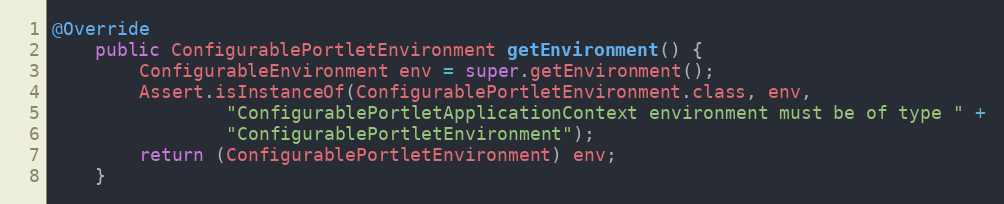
Language: Java
@Override
    public ConfigurablePortletEnvironment getEnvironment() {
        ConfigurableEnvironment env = super.getEnvironment();
        Assert.isInstanceOf(ConfigurablePortletEnvironment.class, env,
                "ConfigurablePortletApplicationContext environment must be of type " +
                "ConfigurablePortletEnvironment");
        return (ConfigurablePortletEnvironment) env;
    }